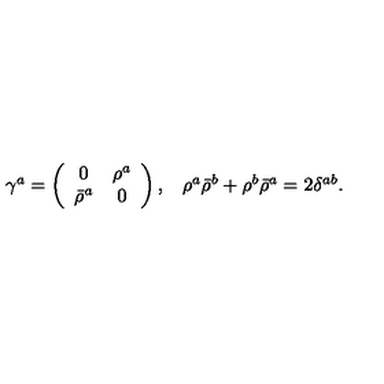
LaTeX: \begin{array} { c c } { \gamma ^ { a } = \left( \begin{array} { c c } { 0 } & { \rho ^ { a } } \\ { \bar { \rho } ^ { a } } & { 0 } \\ \end{array} \right) , } & { \rho ^ { a } \bar { \rho } ^ { b } + \rho ^ { b } \bar { \rho } ^ { a } = 2 \delta ^ { a b } . } \\ \end{array}